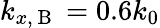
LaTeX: k_{x,\mathrm{~B~}}=0.6k_{0}